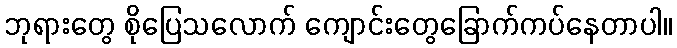
ဘုရားတွေ စိုပြေသလောက် ကျောင်းတွေခြောက်ကပ်နေတာပါ။